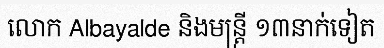
លោក Albayalde និងមន្ត្រី ១៣នាក់ទៀត